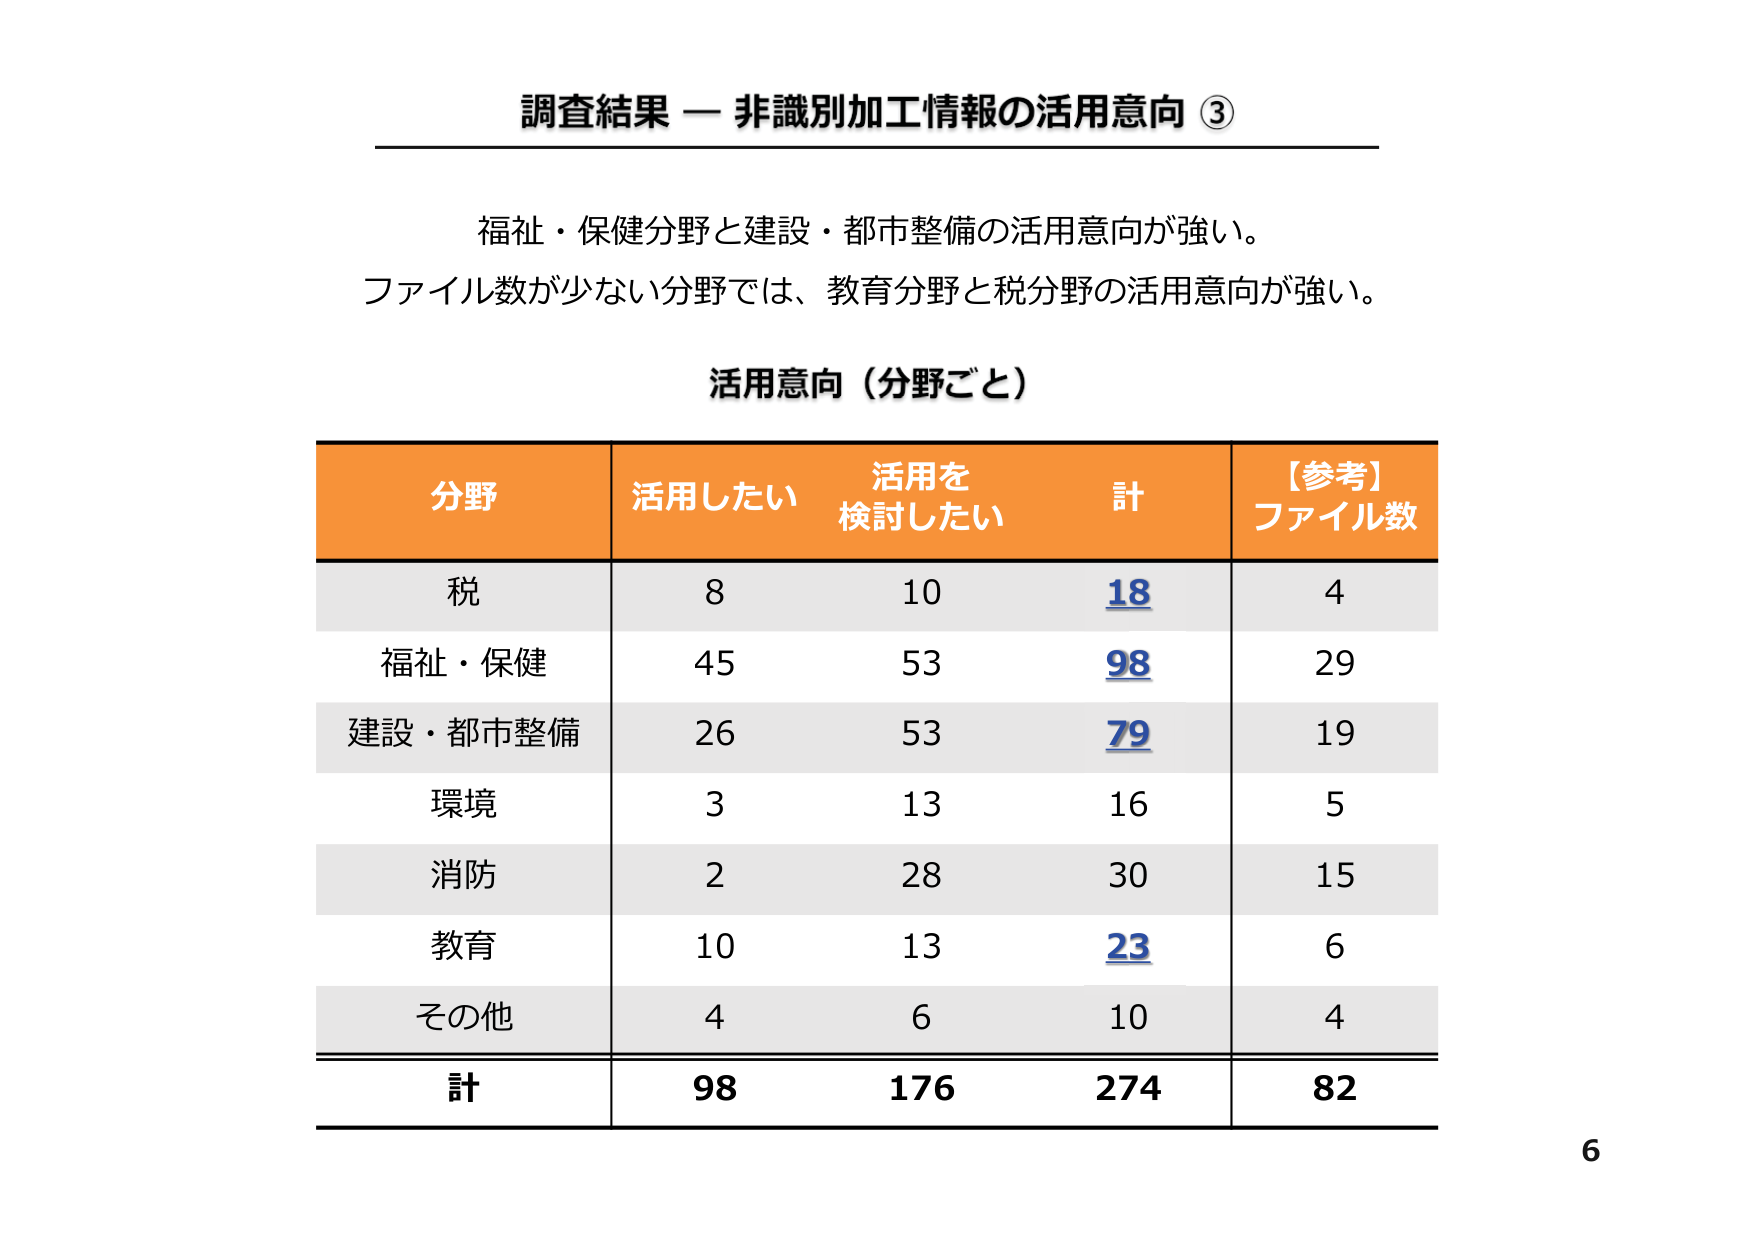
調査結果 — 非識別加工情報の活用意向 ③

福祉・保健分野と建設・都市整備の活用意向が強い。
ファイル数が少ない分野では、教育分野と税分野の活用意向が強い。

活用意向（分野ごと）

分野　　活用したい　　活用を検討したい　　計　　【参考】ファイル数
税　　　8　　　　　　10　　　　　　　　18　　　4
福祉・保健　45　　　　53　　　　　　　　98　　　29
建設・都市整備　26　　　53　　　　　　　79　　　19
環境　　　3　　　　　　13　　　　　　　16　　　5
消防　　　2　　　　　　28　　　　　　　30　　　15
教育　　　10　　　　　13　　　　　　　23　　　6
その他　　4　　　　　　6　　　　　　　　10　　　4
計　　　98　　　　　176　　　　　　　274　　　82

6